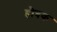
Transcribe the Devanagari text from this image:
हौत्रक